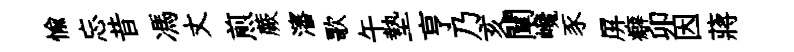
愉忘昔馮丈煎蕨瀋歌午墊亨乃亥闡巉豕屏癖卯因蔣